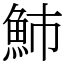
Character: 䰽